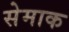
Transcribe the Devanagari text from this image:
सेमाक